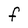
Character: F